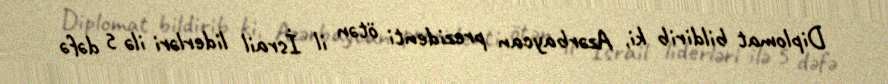
Diplomat bildirib ki, Azərbaycan prezidenti ötən il İsrail liderləri ilə 5 dəfə